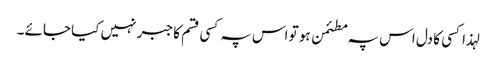
لہذا کسی کا دل اس پہ مطئمن ہو تو اس پہ کسی قسم کا جبر نہیں کیا جائے ۔